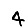
Digit: 4